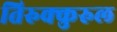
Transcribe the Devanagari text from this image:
तिरुक्कुरुल